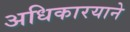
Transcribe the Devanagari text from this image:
अधिकारयाने